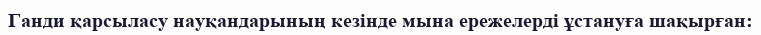
Ганди қарсыласу науқандарының кезінде мына ережелерді ұстануға шақырған: